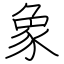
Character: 象